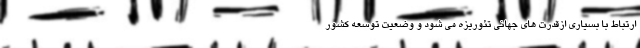
ارتباط با بسياري ازقدرت هاي جهاني تئوریزه مي شود و وضعيت توسعه كشور